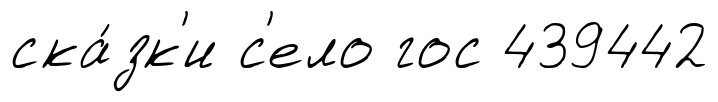
ска́зк'и с'ело гос 439442